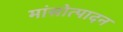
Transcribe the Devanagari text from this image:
मांसोत्पादन